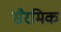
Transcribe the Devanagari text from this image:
सैरमिक